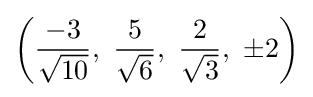
\left({\frac {-3}{\sqrt {10}}},\ {\frac {5}{\sqrt {6}}},\ {\frac {2}{\sqrt {3}}},\ \pm 2\right)